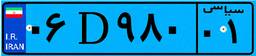
۷۵D۶۸۴۸۵